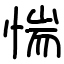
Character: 惴